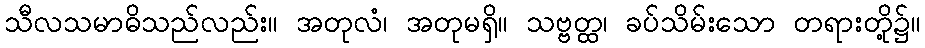
သီလသမာဓိသည်လည်း။ အတုလံ၊ အတုမရှိ။ သဗ္ဗတ္ထ၊ ခပ်သိမ်းသော တရားတို့၌။